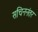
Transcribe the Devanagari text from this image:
सचिननंतर